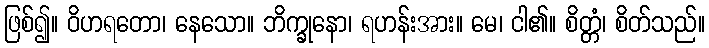
ဖြစ်၍။ ဝိဟရတော၊ နေသော။ ဘိက္ခုနော၊ ရဟန်းအား။ မေ၊ ငါ၏။ စိတ္တံ၊ စိတ်သည်။